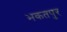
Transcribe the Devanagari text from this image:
भकतपुर